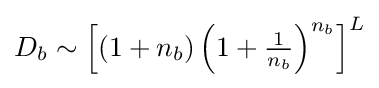
{\textstyle D_{b}\sim \left[(1+n_{b})\left(1+{\frac {1}{n_{b}}}\right)^{n_{b}}\right]^{L}}